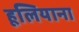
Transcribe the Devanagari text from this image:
हूलियाना